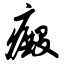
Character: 癜